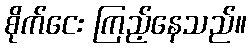
စိုက်ငေး ကြည့်နေသည်။